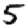
Digit: 5